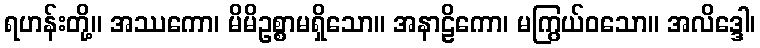
ရဟန်းတို့။ အဿကော၊ မိမိဥစ္စာမရှိသော။ အနာဠိကော၊ မကြွယ်ဝသော။ အလိဒ္ဒေါ၊